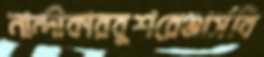
নান্দীকারবুশরেঞ্জার্সবি